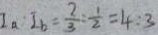
I _ { a } \cdot I _ { b } = \frac { 2 } { 3 } : \frac { 1 } { 2 } = 4 : 3